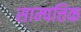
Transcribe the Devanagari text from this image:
साम्पत्तिक